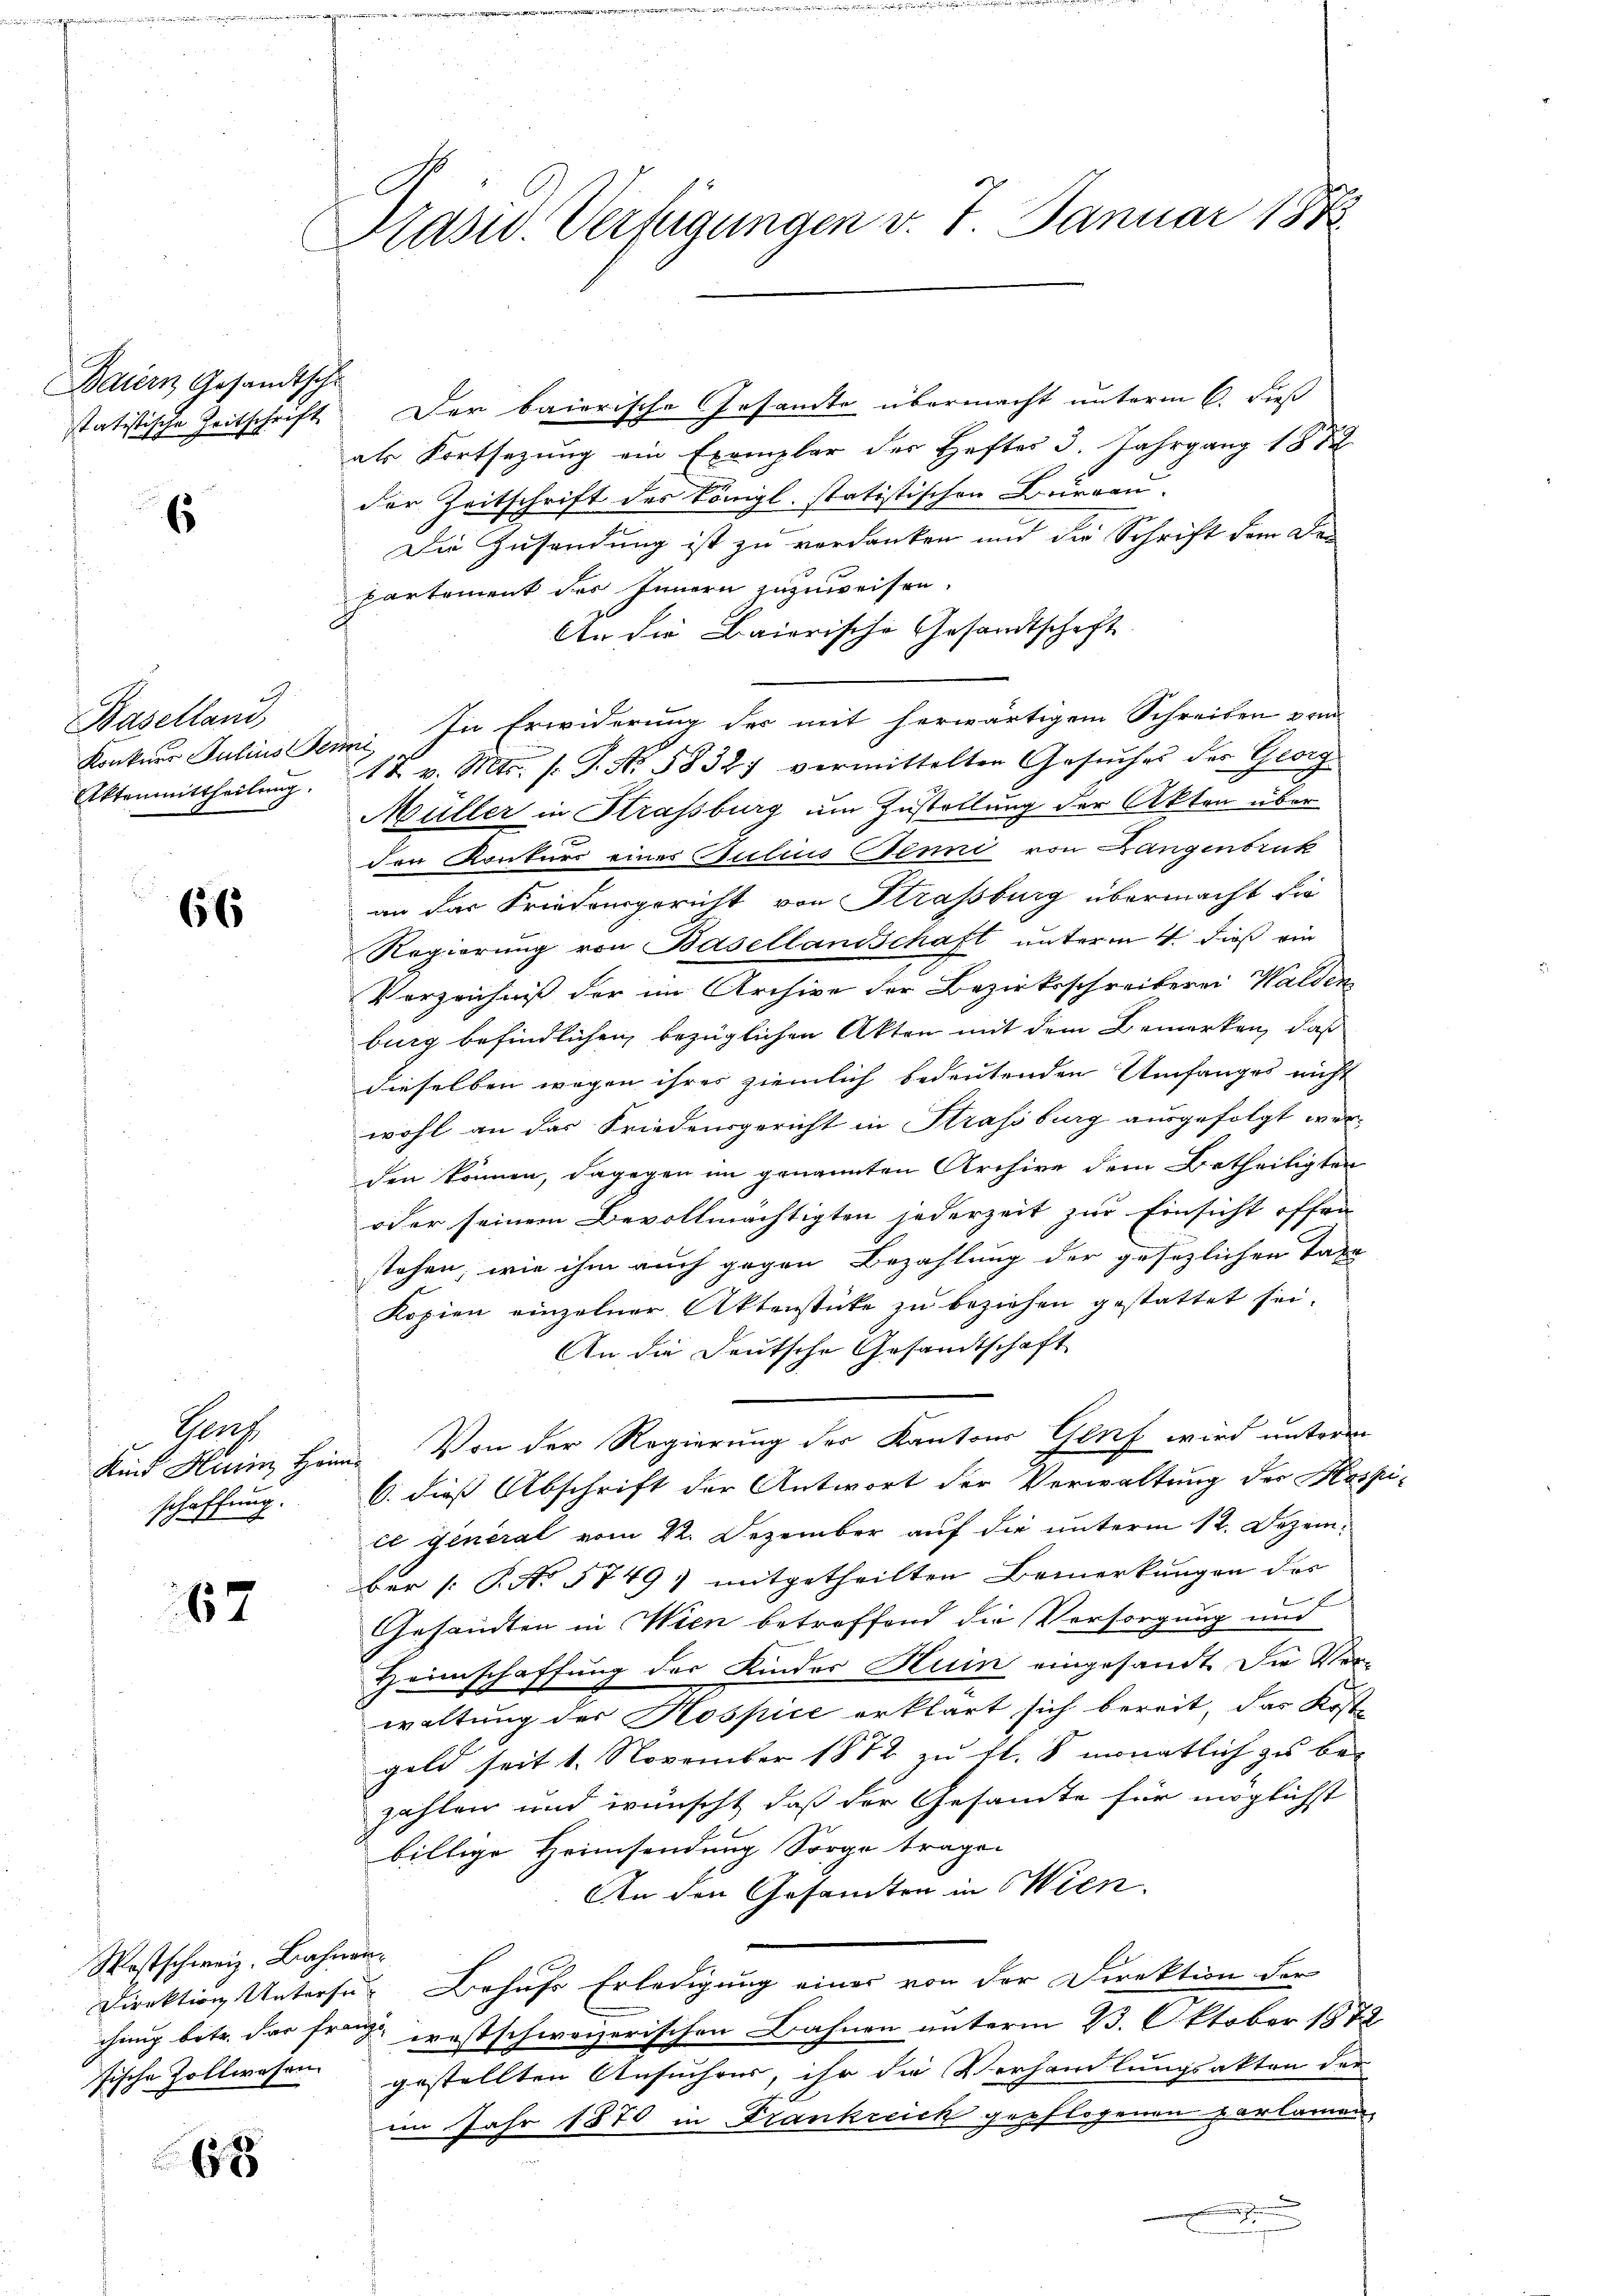
Baiern Gesandtsch

6

Baselland,
Aktenmittheilung.

66

Grach
schaffung.

67

Westschweiz. Bahnen.

68

Krasw. Verfügungen v. 7. Januar 1882

h

statistische Zeitschrift. Der baierische Gesandte übermacht unterm 6. dieß
als Fortsetzung ein Exemplar des Heftes 3. Jahrgang 1882
der Zeitschrift des Königl. statistischen Burgau.
Die Zusendung ist zu verdanken und die Schrift dem Den
partement des Innern zuzuweisen.
An die Baierische Gesandtschaft
Konkurs Julius Senni. In Erwiderung des mit herwärtigem Schreiben von
17. v. Mts. s. S. Nr. 5832) vermittelter Gesŭches des Georg
Müller in Strassburg um Zustellung der Akten über
den Konkurs einer Culius Jenni von Langenbruck
an das Friedensgericht von Strassburg übermacht die
Regierung von Basellandschaft unterm 4. dieß ein
Verzeichniß der im Archive der Bezirksschreiberei Walden
burg befindlichen, bezüglichen Akten mit dem Bemerken, daß
dieselben wegen ihres ziemlich bedeutenden Umfanges nicht
wohl an das Friedensgericht in Strassburg ausgefolgt werden können, dagegen im genannten Archive dem Betheiligten
oder seinem Bevollmächtigten jederzeit zur Einsicht offen
stehen, wie ihm auch gegen Bezahlung der gesezlichen Taxe
Kopien einzelner Aktenstücke zu beziehen gestattet sei.
An die Deutsche Gesandtschaft
Kind Heim Heim. Von der Regierung der Kantons Genf wird unterm
6. dieß Abschrift der Antwort der Verwaltung der Hospi-
ce General vom 22. Dezember auf die unterm 12. Dezember /: P. No 5749) mitgetheilten Bemerkungen des
Gesandten in Wien betreffend die Vorsorgung und
schaffung der Kinder Huin eingesandt. Die Ver-
Gheein
waltung der Hospice erklärt sich bereit, das Kost-
geld seit 1. November 1872 zu fl. 8 monatlich zu be-
zahlen und wünscht, daß der Gesamte für möglichst
billige Heimsendung Sorge tragen
An den Gesamten in Wien.
Direktion Untersuch Behufs Erledigung einer von der Direktion der
chung betr. das frage ernstschweizerischen Bahnen unterm 23. Oktober 1879
sische Zollwesen gestellten Ansucher, ihr die Verhandlungsakten der
im Jahr 1870 in Frankreich gepflogenen parlamen
.